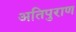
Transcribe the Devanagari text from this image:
अतिपुराण